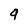
Character: 9